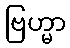
ဗြဟ္မာ